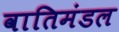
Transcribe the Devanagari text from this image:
वातिमंडल